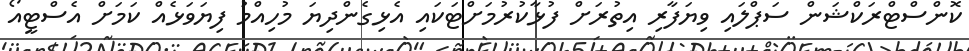
ކޮންސްޓްރަކްޝަން ސަޕްލައި ވިޔަފާރި އިތުރަށް ފުޅާކުރުމަށްޓަކައި އެޅިގެންދިޔަ މުހިއްމު ފިޔަވަޅެއް ކަމަށް އެސްޓީއޯ